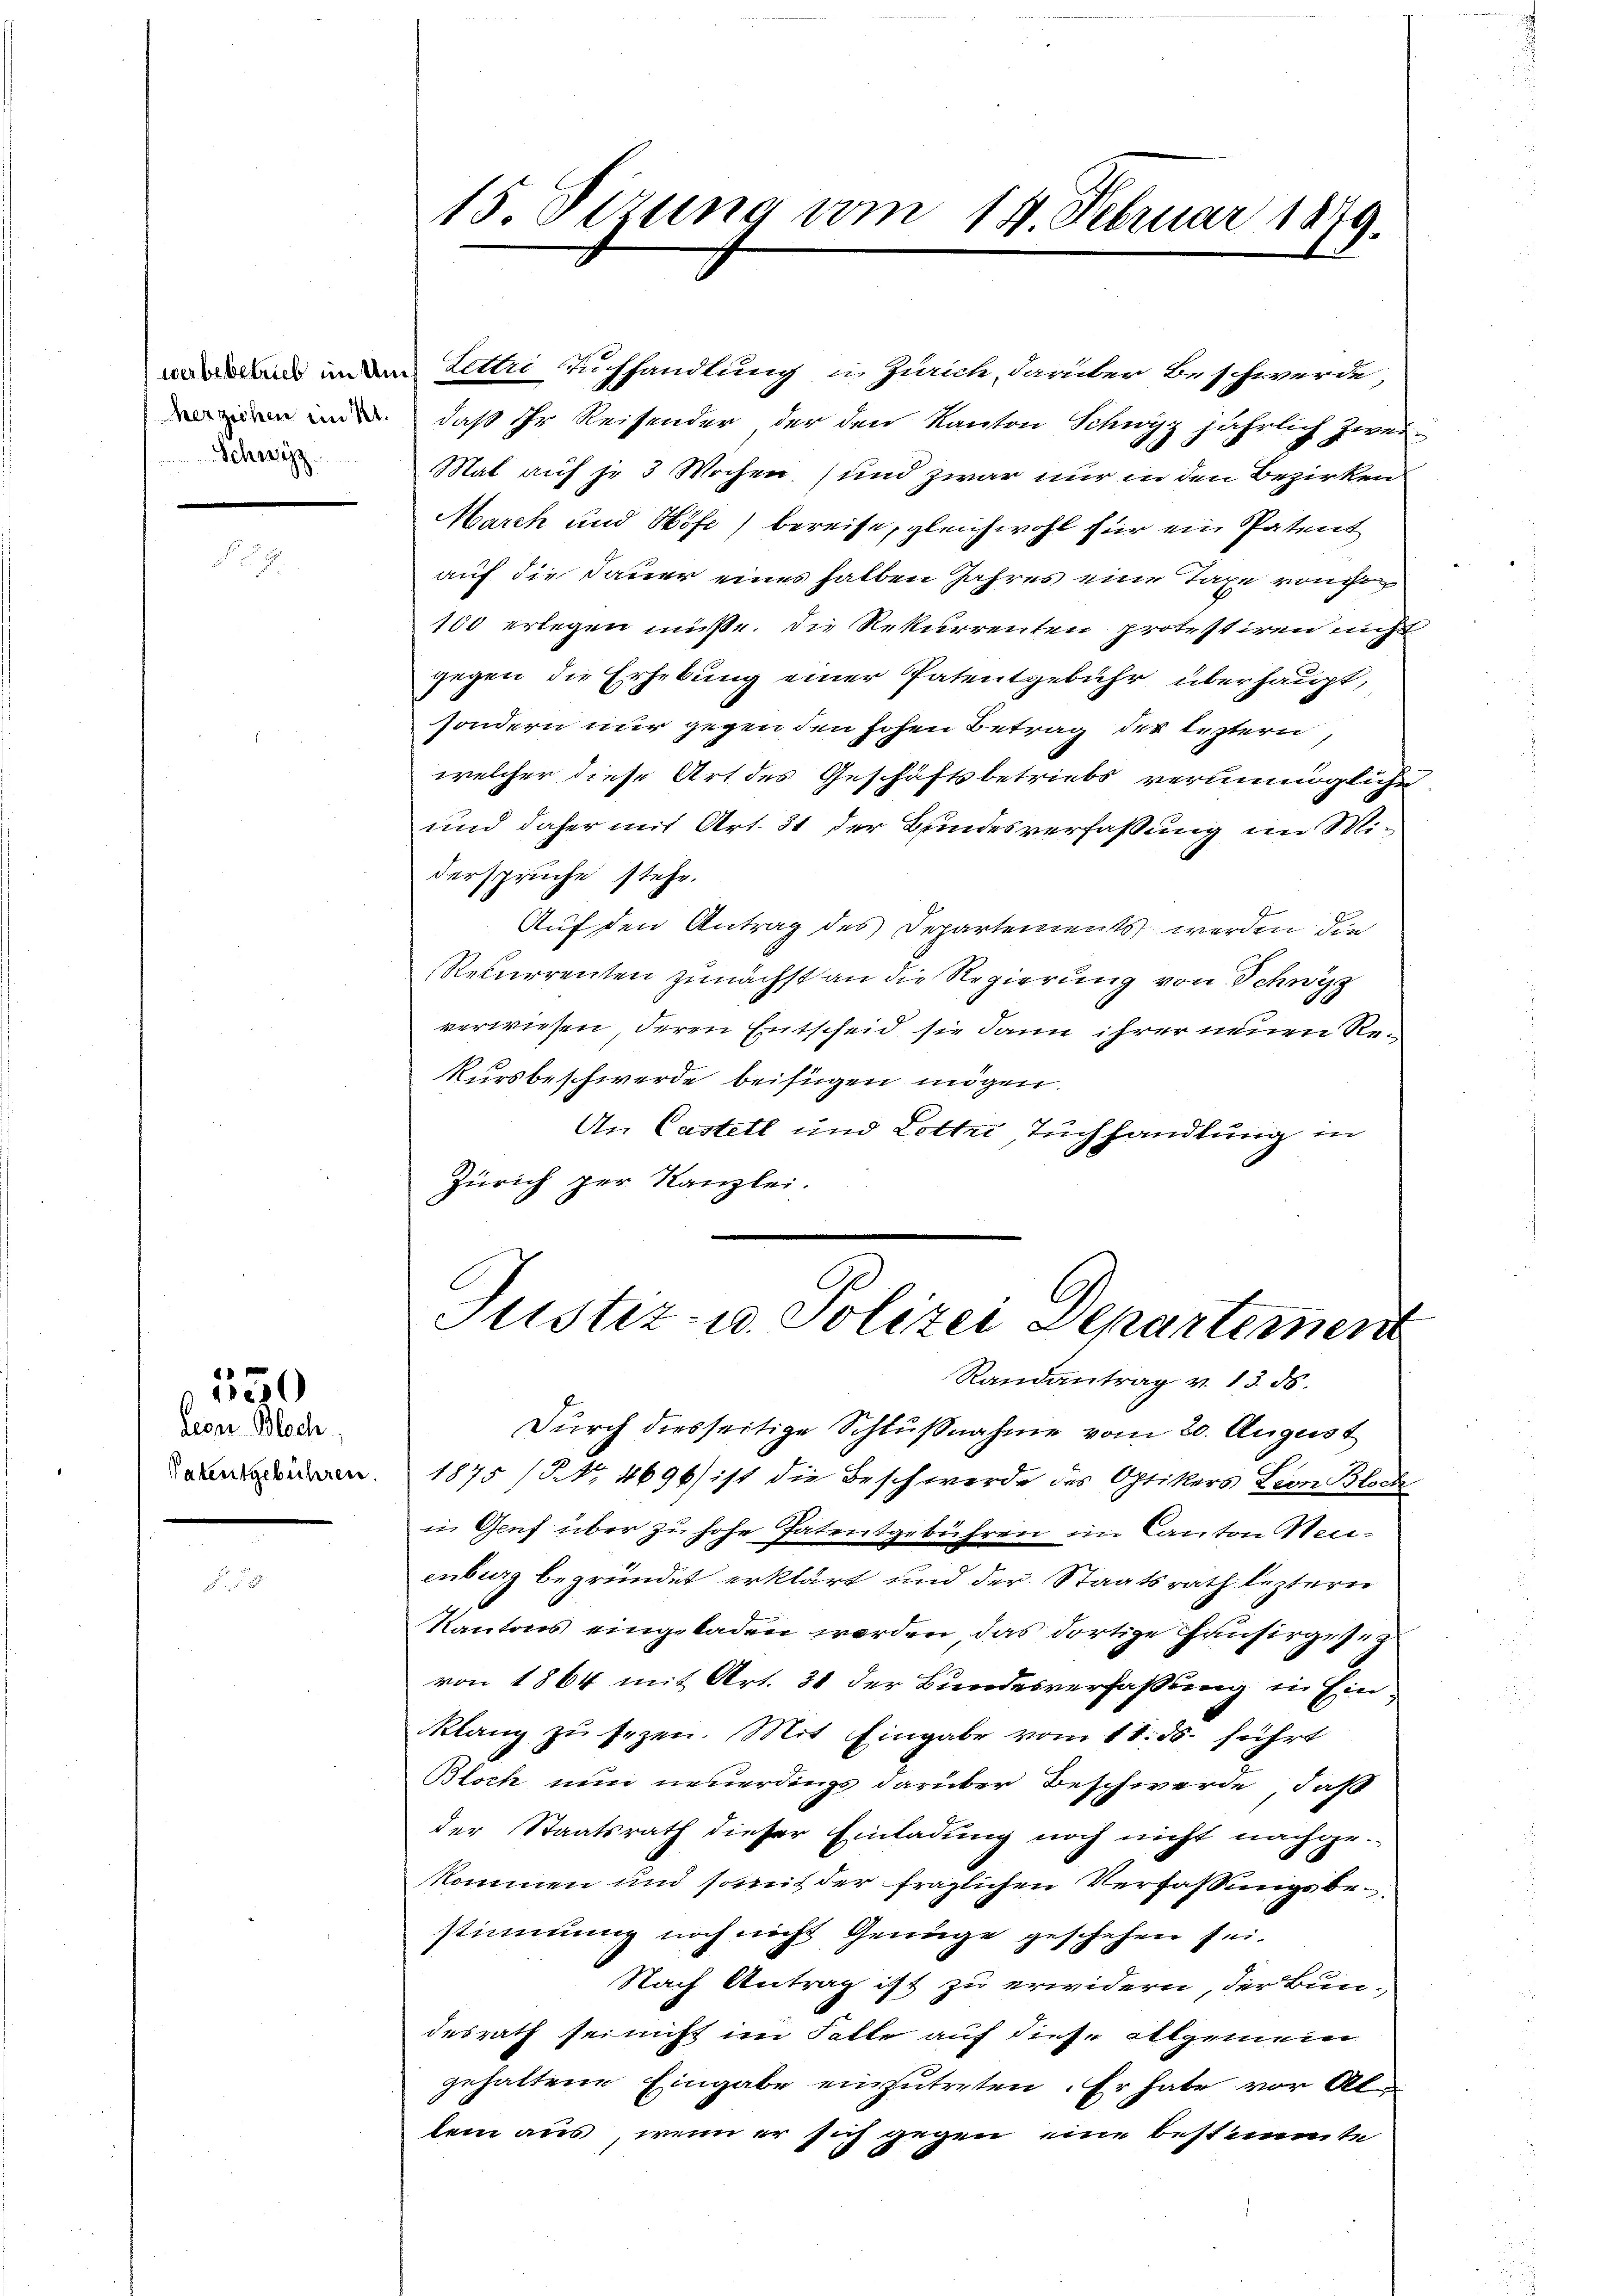
Schwyz

lern. Bloch
Patentgebühren.

50

indem Lettri Tuchhandlung in Zürich, darüber Beschwerde
n , daß Ihr Reisender der den Kanton Schwyz jährlich zwei-
Mat auf je 3 Wochen (und zwar nur in den Bezirken
March und Höfe) bereise, gleichwohl für ein Patent
auf die Dauer eines halben Jahres eine Taxe von de
100 erlegen müsse. Die Rekurrenten protestiren nicht
gegen die Erhebung einer Patentgebühr überhaupt,
sondern nur gegen den hohen Betrag des leztern,
welcher diese Art des Geschäftsbetriebs verunmögliche
und daher mit Art. 31 der Bundesverfaßung im Widerspruche stehe.
Auf den Antrag des Departements werden die
Rekurrenten zunächst an die Regierung von Schwyz
verwiesen, deren Entscheid, sie dann ihrer neuen Re¬
Kursbeschwerde beifügen mögen.
An Castett und Lotter Tuchhandlung in
Zürich per Kanzlei.

15. Sezung vom 14. Februar 1879.

Justiz- u. Polizei Departement
Randantrag v. 13. ds.

Durch diesseitige Schlußnahme vom 20. August
1875 / Nr. 4696) ist die Beschwerde des Optikers Leon Block
in Genf über zu hohe Patentgebühren im Canton Neuenburg begründet erklärt und der Staatsrath leztern
Kantons eingeladen werden, das dortige Hausirgesez
von 1864 mit Art. 31 der Bundesverfaßung in Ein
klang zu sezen. Mit Eingabe vom 11. ds. führt
Bloch nun neuerdings darüber Beschwerde, daß
der Staatsrath dieser Einladung noch nicht nachge-
kommen und somit der fraglichen Verfassungsbestimmung noch nicht Genüge geschehen sei.
Nach Antrag ist zu erwidern, der Bun-
desrath sei nicht im Falle auf diese allgemein
gehaltene Eingabe einzutreten. Er habe vor Allem aus, wenn er sich gegen eine bestimmte